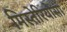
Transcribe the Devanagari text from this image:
मिस्तेरियोसा